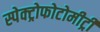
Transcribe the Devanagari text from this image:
स्पेक्ट्रोफोटोमीट्री